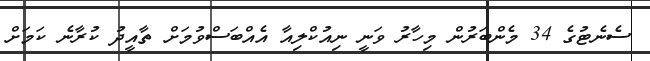
ސެނެޓުގެ 34 މެންބަރުން މިހާރު ވަނީ ނިއުކްލިއާ އެއްބަސްވުމަށް ތާއީދު ކުރާނެ ކަމަށް